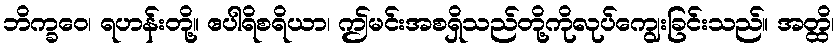
ဘိက္ခဝေ၊ ရဟန်းတို့။ ဧပါရိစရိယာ၊ ဤမင်းအစရှိသည်တို့ကိုလုပ်ကျွေးခြင်းသည်။ အတ္ထိ၊